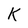
Character: K